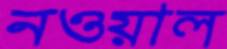
নওয়াল